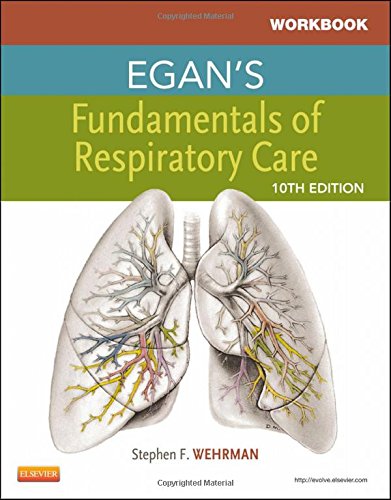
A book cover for Workbook for Egan's Fundamentals of Respiratory Care, 10e (Pacific-Basin Capital Markets Research); Robert M. Kacmarek PhD  RRT  FAARC; Medical Books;